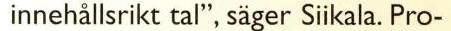
innehållsrikt tal", säger Siikala. Pro-